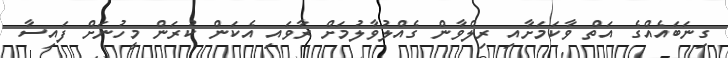
ގިނަބައެއްގެ އަތް ވާކަމަށާއި ރިލްވާން ގެއްލުވާލުމަށް ރާވައި އެކަން ކުރަން މީހުނަށް ފައިސާ